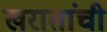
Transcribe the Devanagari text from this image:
खरातांची